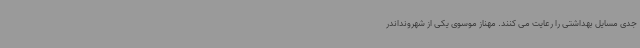
جدی مسایل بهداشتی را رعایت می کنند. مهناز موسوی یکی از شهرونداندر